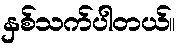
နှစ်သက်ပါတယ်။